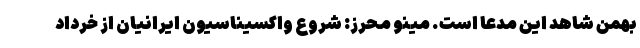
بهمن شاهد این مدعا است. مینو محرز: شروع واکسیناسیون ایرانیان از خرداد